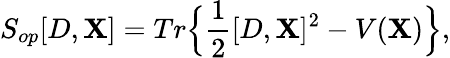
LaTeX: S_{op}[D,\mathbf{X}]=Tr\Big\{ \frac{{1}}{{2}}[D,\mathbf{X}]^{2}-V(\mathbf{X})\Big\} ,